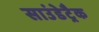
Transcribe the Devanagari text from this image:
साउंडेट्रैक